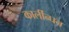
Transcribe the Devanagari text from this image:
कार्लीन्घन